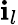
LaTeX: \mathbf{i}_{l}